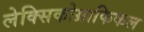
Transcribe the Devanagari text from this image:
लेक्सिकोग्राफिकल